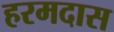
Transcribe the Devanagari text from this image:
हरमदास